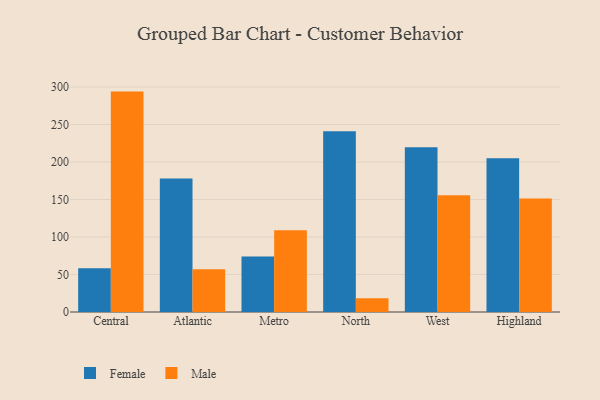
{"axis": {"x": "Region", "y": "Tickets Resolved"}, "legend": ["Female", "Male"], "data": [{"x": "Central", "y": 58.4, "type": "Female"}, {"x": "Central", "y": 293.9, "type": "Male"}, {"x": "Atlantic", "y": 178.1, "type": "Female"}, {"x": "Atlantic", "y": 56.9, "type": "Male"}, {"x": "Metro", "y": 74.0, "type": "Female"}, {"x": "Metro", "y": 109.0, "type": "Male"}, {"x": "North", "y": 241.1, "type": "Female"}, {"x": "North", "y": 18.3, "type": "Male"}, {"x": "West", "y": 219.6, "type": "Female"}, {"x": "West", "y": 155.6, "type": "Male"}, {"x": "Highland", "y": 205.0, "type": "Female"}, {"x": "Highland", "y": 151.5, "type": "Male"}]}